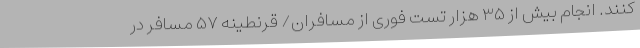
کنند. انجام بیش از ۳۵ هزار تست فوری از مسافران/ قرنطینه ۵۷ مسافر در